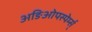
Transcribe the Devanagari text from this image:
अङिओपस्पेर्म्स्